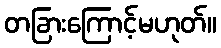
တခြားကြောင့်မဟုတ်။